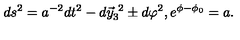
d s ^ { 2 } = a ^ { - 2 } d t ^ { 2 } - d \vec { y } _ { 3 } ^ { \ 2 } \pm d \varphi ^ { 2 } , e ^ { \phi - \phi _ { 0 } } = a .